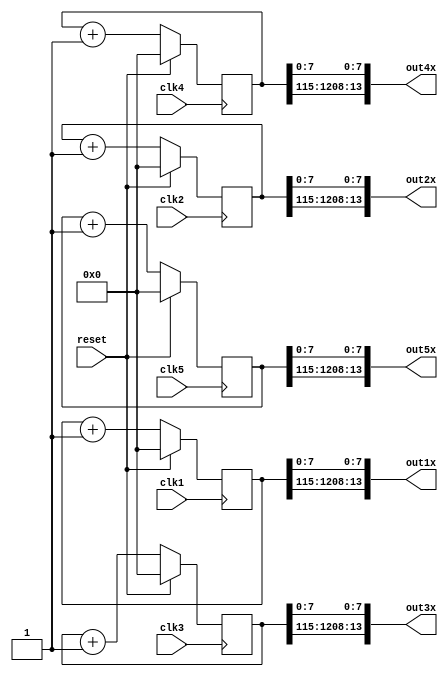
// This program was cloned from: https://github.com/lnis-uofu/SOFA
// License: MIT License

// 5 counter with 5 clock domain
// each counter has 130 bits
// each counter has 21 output

// test: placement , routing and performace for each clock domain

module counter120bitx5(clk1,clk2,clk3,clk4,clk5,out1x,out2x,out3x,out4x,out5x,reset);

input clk1,clk2,clk3,clk4,clk5,reset;

output [13:0] out1x;
output [13:0] out2x;
output [13:0] out3x;
output [13:0] out4x;
output [13:0] out5x;

reg [120:0] cnt1;
reg [120:0] cnt2;
reg [120:0] cnt3;
reg [120:0] cnt4;
reg [120:0] cnt5;


assign out1x = {cnt1[120:115],cnt1[7:0]};
assign out2x = {cnt2[120:115],cnt2[7:0]};
assign out3x = {cnt3[120:115],cnt3[7:0]};
assign out4x = {cnt4[120:115],cnt4[7:0]};
assign out5x = {cnt5[120:115],cnt5[7:0]};
                     

always  @(posedge clk1)

begin

    if (reset)

        cnt1 <=1'b0;

    else

        cnt1 <= cnt1+1;

end


always  @(posedge clk2)

begin

    if (reset)

        cnt2 <=1'b0;

    else

        cnt2 <= cnt2 +1;

end
always  @(posedge clk3)

begin

    if (reset)

        cnt3 <=1'b0;

    else

        cnt3 <= cnt3 +1;

end
always  @(posedge clk4)

begin

    if (reset)

        cnt4 <=1'b0;

    else

        cnt4 <= cnt4 +1;

end

always  @(posedge clk5)

begin

    if (reset)

        cnt5 <=1'b0;

    else

        cnt5 <= cnt5 +1;

end


endmodule